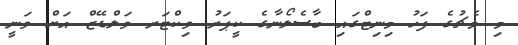
މި މެޗުގެ ފަހު މިނިޓްގައި ބާސެލޯނާގެ ކީޕަރު ވިކްޓަރ ވަލްޑޭޒް އަށް ވަނީ